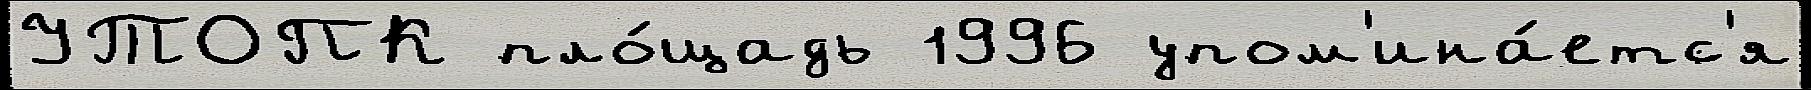
УТОПК пло́щадь 1996 упом'ина́етс'я